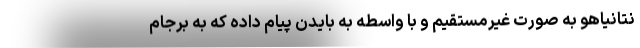
نتانیاهو به صورت غیرمستقیم و با واسطه به بایدن پیام داده که به برجام